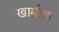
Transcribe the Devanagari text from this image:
खामीया